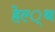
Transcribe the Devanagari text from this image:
हेल्‍्थ